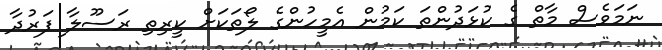
ނަމަވެސް މާތް ގެ ކުޅަދުންތަ ކަމުން އެމީހުންގެ ލޯތަކަށް ކީރިތި ރަސޫލާ ފަރުދާ